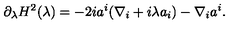
\partial _ { \lambda } H ^ { 2 } ( \lambda ) = - 2 i a ^ { i } ( \nabla _ { i } + i \lambda a _ { i } ) - \nabla _ { i } a ^ { i } .